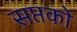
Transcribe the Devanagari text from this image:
सप्तको